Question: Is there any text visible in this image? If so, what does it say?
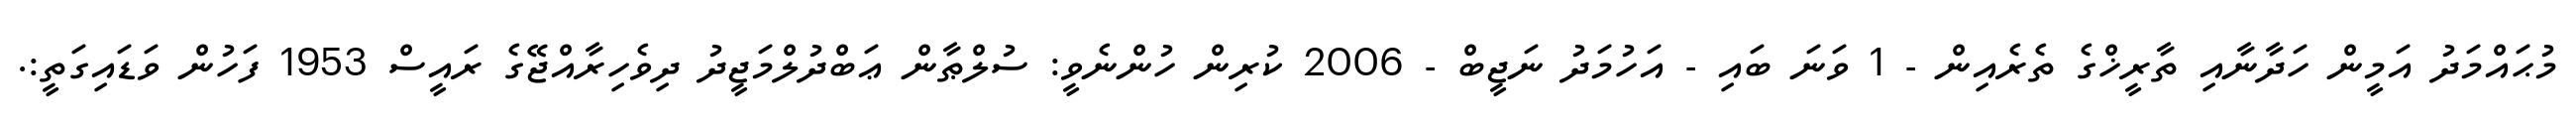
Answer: މުޙައްމަދު އަމީން ހަދާނާއި ތާރީޚްގެ ތެރެއިން - 1 ވަނަ ބައި - އަހުމަދު ނަޖީބް - 2006 ކުރިން ހުންނެވީ: ސުލްޠާން ޢަބްދުލްމަޖީދު ދިވެހިރާއްޖޭގެ ރައީސް 1953 ފަހުން ވަޑައިގަތީ:.